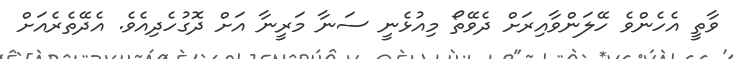
ވާތީ އެހެންވެ ހޭލަންވާއިރަށް ދެވޭތޯ މިއުޅެނީ ސަނާ މަރީނާ އަށް ދޮގުހެދިއެވެ. އެދޭތެރެއަށް